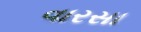
વારસા